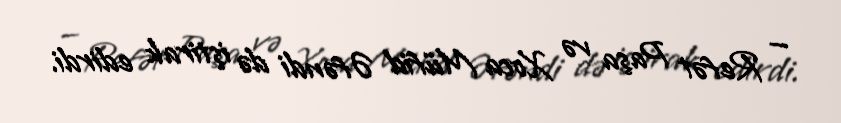
— Refət Paşa və Xoca Müfid Əfəndi də iştirak edirdi.